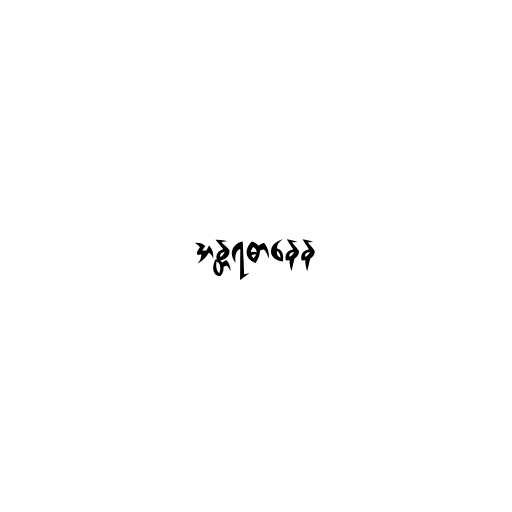
အန္တရဓာနေန